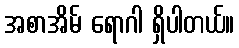
အစာအိမ် ရောဂါ ရှိပါတယ်။